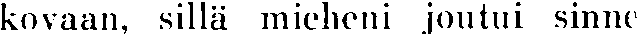
kovaan, sillä mieheni joutui sinne